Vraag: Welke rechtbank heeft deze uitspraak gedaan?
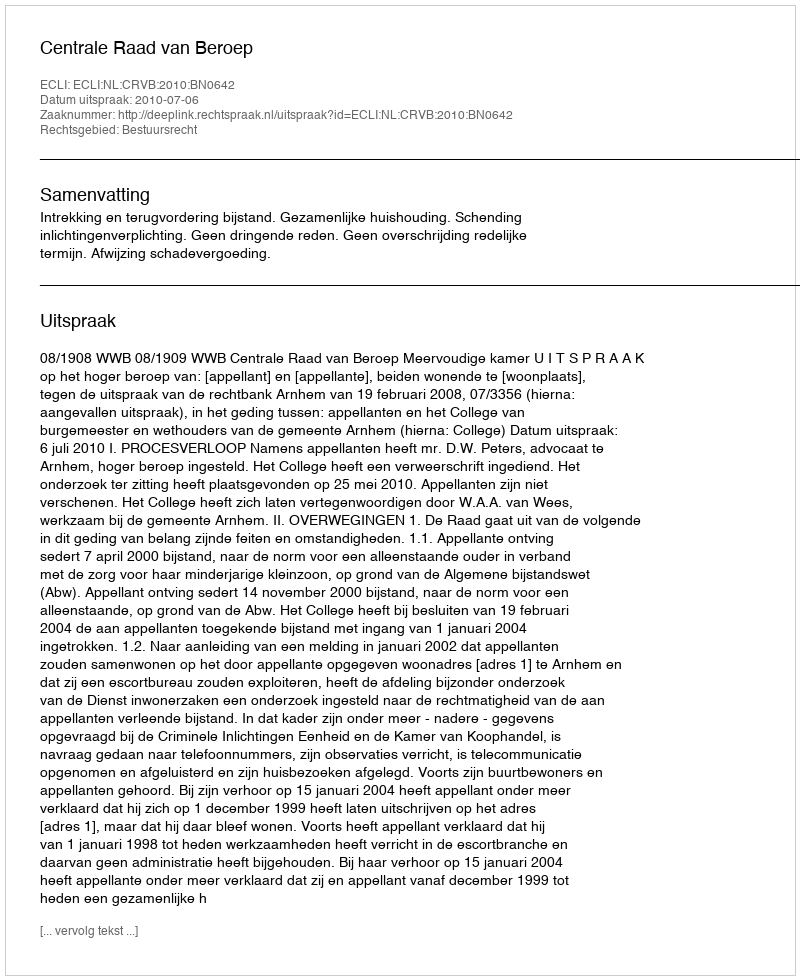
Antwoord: Centrale Raad van Beroep